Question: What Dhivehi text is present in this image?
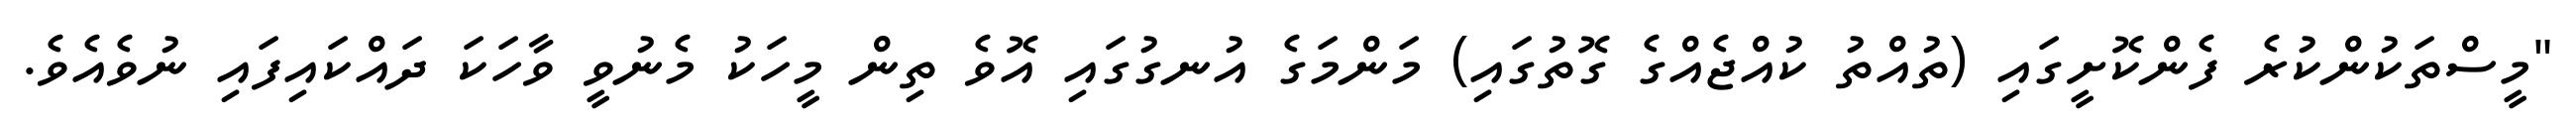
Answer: "މީސްތަކުންކުރެ ފެންކޮށީގައި (ތުއްތު ކުއްޖެއްގެ ގޮތުގައި) މަންމަގެ އުނގުގައި އޮވެ ތިން މީހަކު މެނުވީ ވާހަކަ ދައްކައިފައި ނުވެއެވެ.